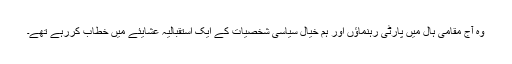
وہ آج مقامی ہال میں پارٹی رہنماؤں اور ہم خیال سیاسی شخصیات کے ایک استقبالیہ عشایئے میں خطاب کررہے تھے۔